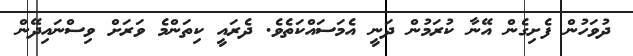
ދުވަހުން ފެށިގެން އޭނާ ކުރަމުން ދަނީ އެމަސައްކަތެވެ. ދެރައީ ކިތަންމެ ވަރަށް ވިސްނައިދޭން